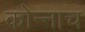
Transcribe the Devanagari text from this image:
कोन्नाच